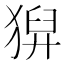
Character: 𤠈